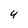
Character: 4